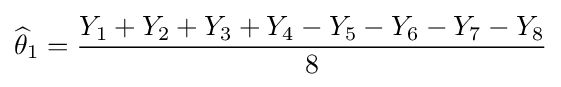
{\widehat {\theta }}_{1}={\frac {Y_{1}+Y_{2}+Y_{3}+Y_{4}-Y_{5}-Y_{6}-Y_{7}-Y_{8}}{8}}